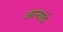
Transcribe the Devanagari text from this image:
आर्‍यांचे